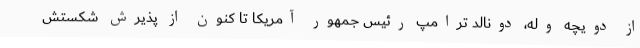
از دویچه وله، دونالد ترامپ رئیس جمهور آمریکا تا کنون از پذیرش شکستش